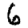
Digit: 6